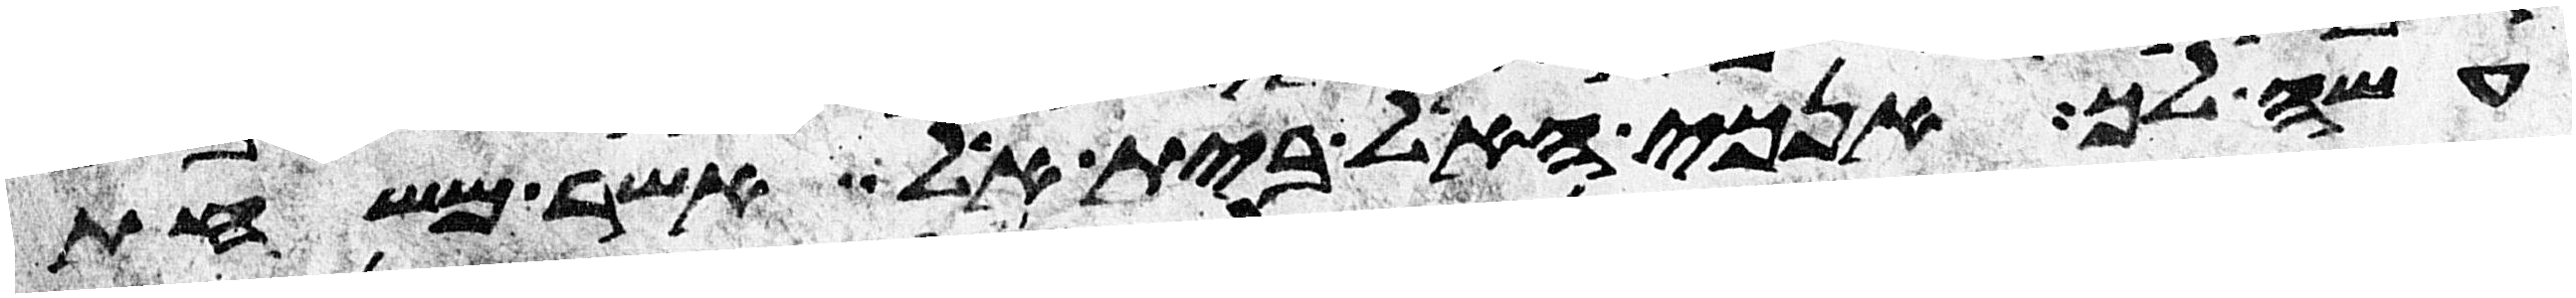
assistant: עשה לך אנכי האל בית אל אשר משחת